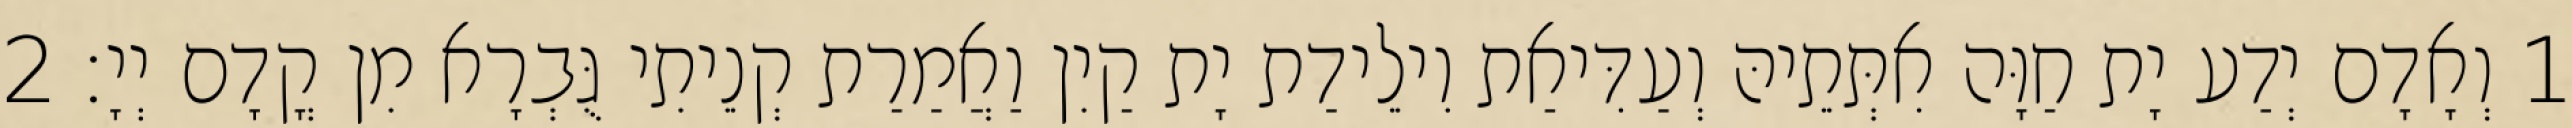
1 וְאָדָם יְדַע יָת חַוָּה אִתְּתֵיהּ וְעַדִּיאַת וִילֵידַת יָת קַיִן וַאֲמַרַת קְנֵיתִי גֻּבְרָא מִן קֳדָם יְיָ׃ 2